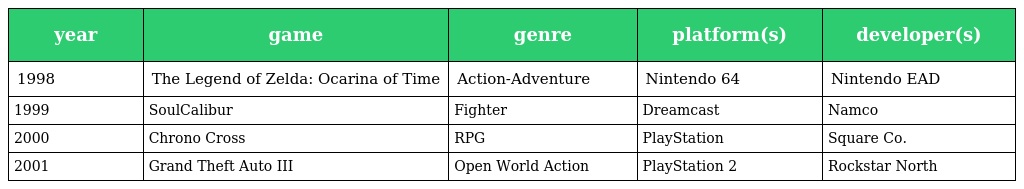
| year | game | genre | platform(s) | developer(s) |
 | --- | --- | --- | --- | --- |
 | 1998 | The Legend of Zelda: Ocarina of Time | Action-Adventure | Nintendo 64 | Nintendo EAD |
 | 1999 | SoulCalibur | Fighter | Dreamcast | Namco |
 | 2000 | Chrono Cross | RPG | PlayStation | Square Co. |
 | 2001 | Grand Theft Auto III | Open World Action | PlayStation 2 | Rockstar North |